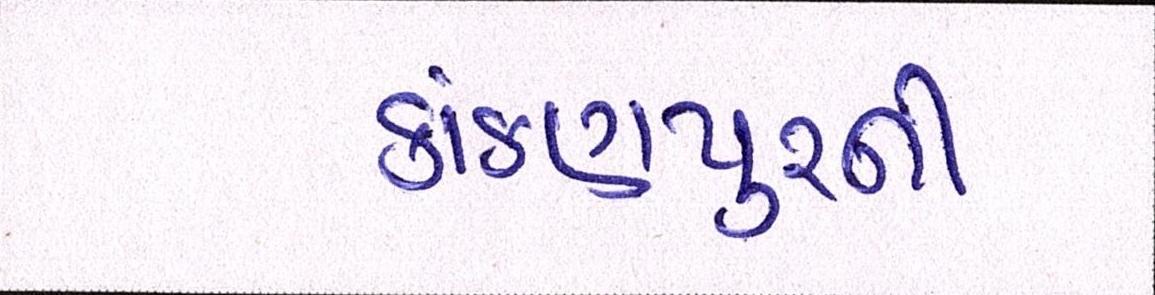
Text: કાંકણપુરની